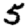
Digit: 5